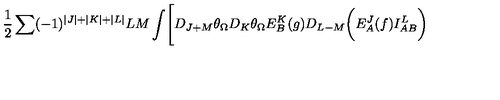
{ \frac { 1 } { 2 } } \sum ( - 1 ) ^ { | J | + | K | + | L | } { \binom { L } { M } } \int \Biggl [ D _ { J + M } \theta _ { \Omega } D _ { K } \theta _ { \Omega } E _ { B } ^ { K } ( g ) D _ { L - M } \biggl ( E _ { A } ^ { J } ( f ) I _ { A B } ^ { L } \biggr )